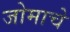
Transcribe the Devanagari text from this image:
जोमाचे